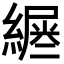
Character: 𦄪